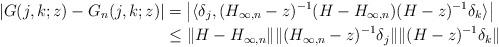
LaTeX: \begin{align*} |G(j,k; z) - G_n(j, k; z)| &= \left| \langle \delta_j, (H_{\infty, n} - z)^{-1} (H - H_{\infty, n}) (H-z)^{-1} \delta_k \rangle \right|\\ &\le \|H - H_{\infty, n}\| \|(H_{\infty, n} - z)^{-1} \delta_j\| \|(H - z)^{-1} \delta_k\|\end{align*}